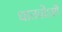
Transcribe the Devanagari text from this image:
धातवोऽष्टौ